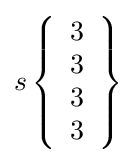
s\left\{{\begin{array}{l}3\\3\\3\\3\end{array}}\right\}